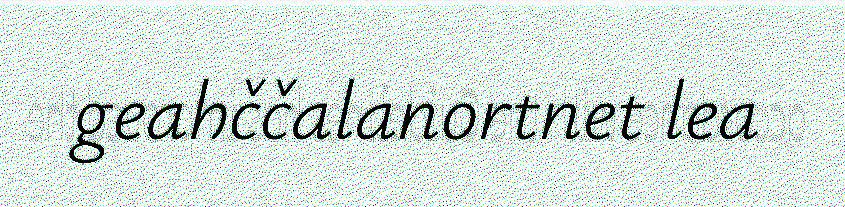
geahččalanortnet lea